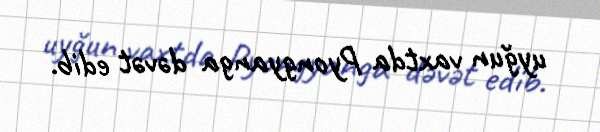
uyğun vaxtda Pyongyanga dəvət edib.